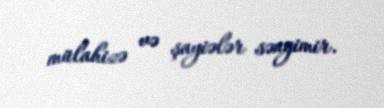
mülahizə və şayiələr səngimir.